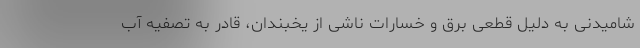
شامیدنی به دلیل قطعی برق و خسارات ناشی از یخبندان، قادر به تصفیه آب